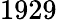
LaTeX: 1929